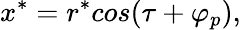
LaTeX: x^{*}=r^{*}cos(\tau+\varphi_{p}),